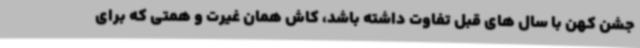
جشن کهن با سال های قبل تفاوت داشته باشد، کاش همان غیرت و همتی که برای